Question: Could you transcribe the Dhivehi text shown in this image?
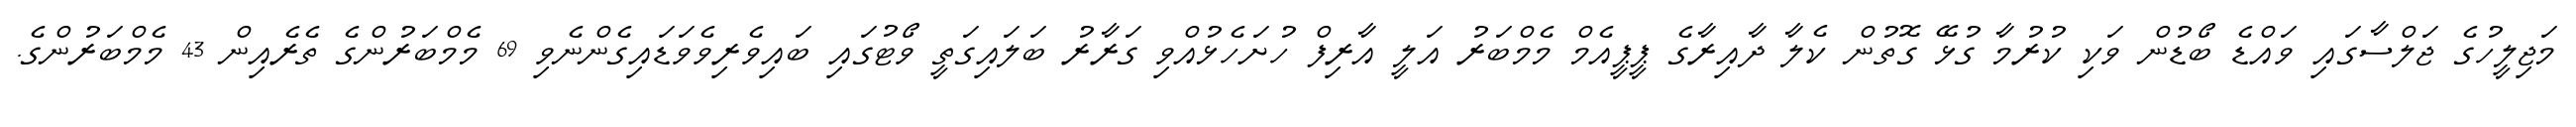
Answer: މަޖިލީހުގެ ޖަލްސާގައި ވައްޑެ ބޯޑުން ވަކި ކުރުމާ ގުޅޭ ގޮތުން ކެލާ ދާއިރާގެ ޕީޕީއެމް މެމްބަރު އަލީ އާރިފް ހުށަހެޅުއްވި ގަރާރު ބަލައިގަތީ ވޯޓުގައި ބައިވެރިވެވަޑައިގެންނެވި 69 މެމްބަރުންގެ ތެރެއިން 43 މެމްބަރުންގެ.